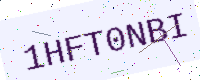
Text: 1HFT0NBI